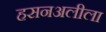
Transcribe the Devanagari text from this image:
हसनअलीला